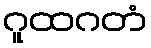
ဂူထဂတံ